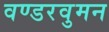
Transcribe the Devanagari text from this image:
वण्डरवुमन